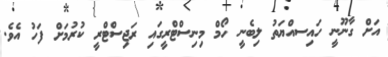
އަށް ގާނޫނީ ހައިސއްޔަތު ލިބެނީ ހޯމް މިނިސްޓްރީގައި ރަޖިސްޓްރީ ކުރުމަށް ފަހު އެވެ.